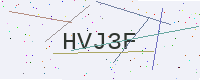
Text: HVJ3F